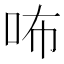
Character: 咘